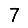
Digit: 7